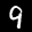
Label: 9